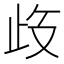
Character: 𱥀